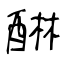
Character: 醂